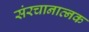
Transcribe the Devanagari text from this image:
संरचानात्नक